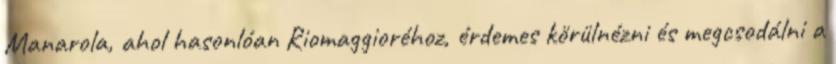
Manarola, ahol hasonlóan Riomaggioréhoz, érdemes körülnézni és megcsodálni a